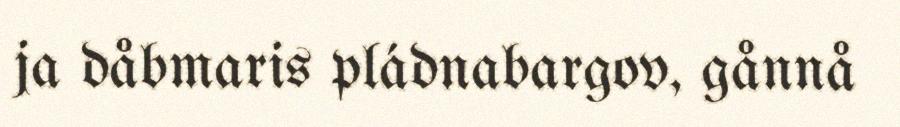
ja dåbmaris pládnabargov, gånnå